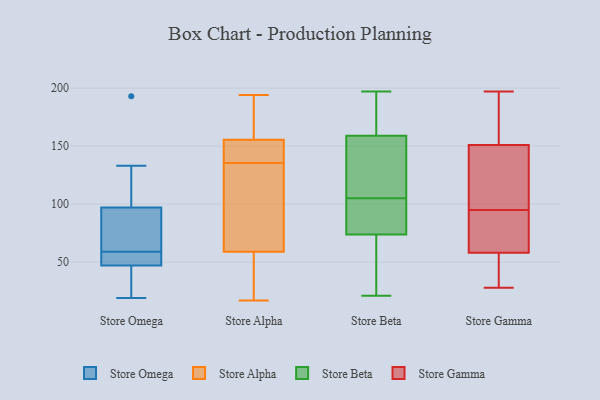
{"axis": {"x": "Bounce Rate (%)", "y": "Value"}, "legend": ["Store Alpha", "Store Beta", "Store Gamma", "Store Omega"], "data": [{"x": "", "y": 47, "type": "Store Omega"}, {"x": "", "y": 133, "type": "Store Omega"}, {"x": "", "y": 85, "type": "Store Omega"}, {"x": "", "y": 19, "type": "Store Omega"}, {"x": "", "y": 193, "type": "Store Omega"}, {"x": "", "y": 97, "type": "Store Omega"}, {"x": "", "y": 51, "type": "Store Omega"}, {"x": "", "y": 55, "type": "Store Omega"}, {"x": "", "y": 63, "type": "Store Omega"}, {"x": "", "y": 32, "type": "Store Omega"}, {"x": "", "y": 85, "type": "Store Alpha"}, {"x": "", "y": 142, "type": "Store Alpha"}, {"x": "", "y": 17, "type": "Store Alpha"}, {"x": "", "y": 134, "type": "Store Alpha"}, {"x": "", "y": 25, "type": "Store Alpha"}, {"x": "", "y": 62, "type": "Store Alpha"}, {"x": "", "y": 143, "type": "Store Alpha"}, {"x": "", "y": 143, "type": "Store Alpha"}, {"x": "", "y": 105, "type": "Store Alpha"}, {"x": "", "y": 181, "type": "Store Alpha"}, {"x": "", "y": 137, "type": "Store Alpha"}, {"x": "", "y": 56, "type": "Store Alpha"}, {"x": "", "y": 194, "type": "Store Alpha"}, {"x": "", "y": 18, "type": "Store Alpha"}, {"x": "", "y": 168, "type": "Store Alpha"}, {"x": "", "y": 194, "type": "Store Alpha"}, {"x": "", "y": 109, "type": "Store Beta"}, {"x": "", "y": 105, "type": "Store Beta"}, {"x": "", "y": 159, "type": "Store Beta"}, {"x": "", "y": 84, "type": "Store Beta"}, {"x": "", "y": 21, "type": "Store Beta"}, {"x": "", "y": 162, "type": "Store Beta"}, {"x": "", "y": 37, "type": "Store Beta"}, {"x": "", "y": 139, "type": "Store Beta"}, {"x": "", "y": 197, "type": "Store Beta"}, {"x": "", "y": 80, "type": "Store Beta"}, {"x": "", "y": 55, "type": "Store Beta"}, {"x": "", "y": 82, "type": "Store Beta"}, {"x": "", "y": 159, "type": "Store Beta"}, {"x": "", "y": 86, "type": "Store Gamma"}, {"x": "", "y": 35, "type": "Store Gamma"}, {"x": "", "y": 151, "type": "Store Gamma"}, {"x": "", "y": 58, "type": "Store Gamma"}, {"x": "", "y": 197, "type": "Store Gamma"}, {"x": "", "y": 104, "type": "Store Gamma"}, {"x": "", "y": 86, "type": "Store Gamma"}, {"x": "", "y": 130, "type": "Store Gamma"}, {"x": "", "y": 175, "type": "Store Gamma"}, {"x": "", "y": 28, "type": "Store Gamma"}, {"x": "", "y": 188, "type": "Store Gamma"}, {"x": "", "y": 137, "type": "Store Gamma"}, {"x": "", "y": 57, "type": "Store Gamma"}, {"x": "", "y": 63, "type": "Store Gamma"}]}